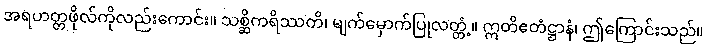
အရဟတ္တဖိုလ်ကိုလည်းကောင်း။ သစ္ဆိကရိဿတိ၊ မျက်မှောက်ပြုလတ္တံ့။ ဣတိဧတံဋ္ဌာနံ၊ ဤကြောင်းသည်။